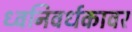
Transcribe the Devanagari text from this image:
ध्वनिवर्धकावर